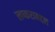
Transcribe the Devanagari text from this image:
लष्कराबद्दल